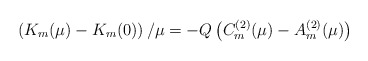
\begin{align*}\left(K_m(\mu)-K_m(0)\right)/\mu=-Q\left(C_m^{(2)}(\mu)-A_m^{(2)}(\mu)\right)\end{align*}